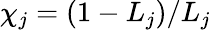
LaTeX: \chi_{j}=(1-L_{j})/L_{j}